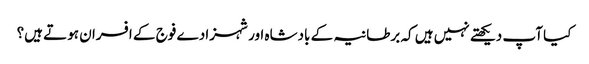
کیا آپ دیکھتے نہیں ہیں کہ برطانیہ کے بادشاہ اور شہزادے فوج کے افسران ہوتے ہیں؟